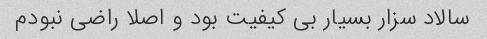
سالاد سزار بسیار بی کیفیت بود و اصلا راضی نبودم